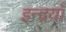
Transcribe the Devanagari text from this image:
इन्द्रयाँ